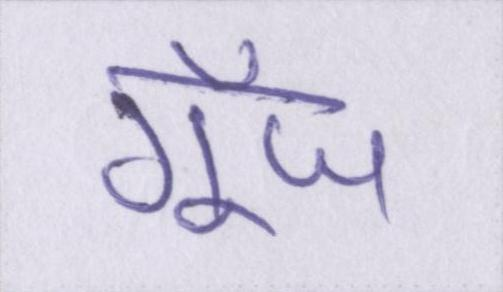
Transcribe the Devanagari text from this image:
गूँज